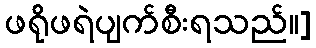
ဖရိုဖရဲပျက်စီးရသည်။]